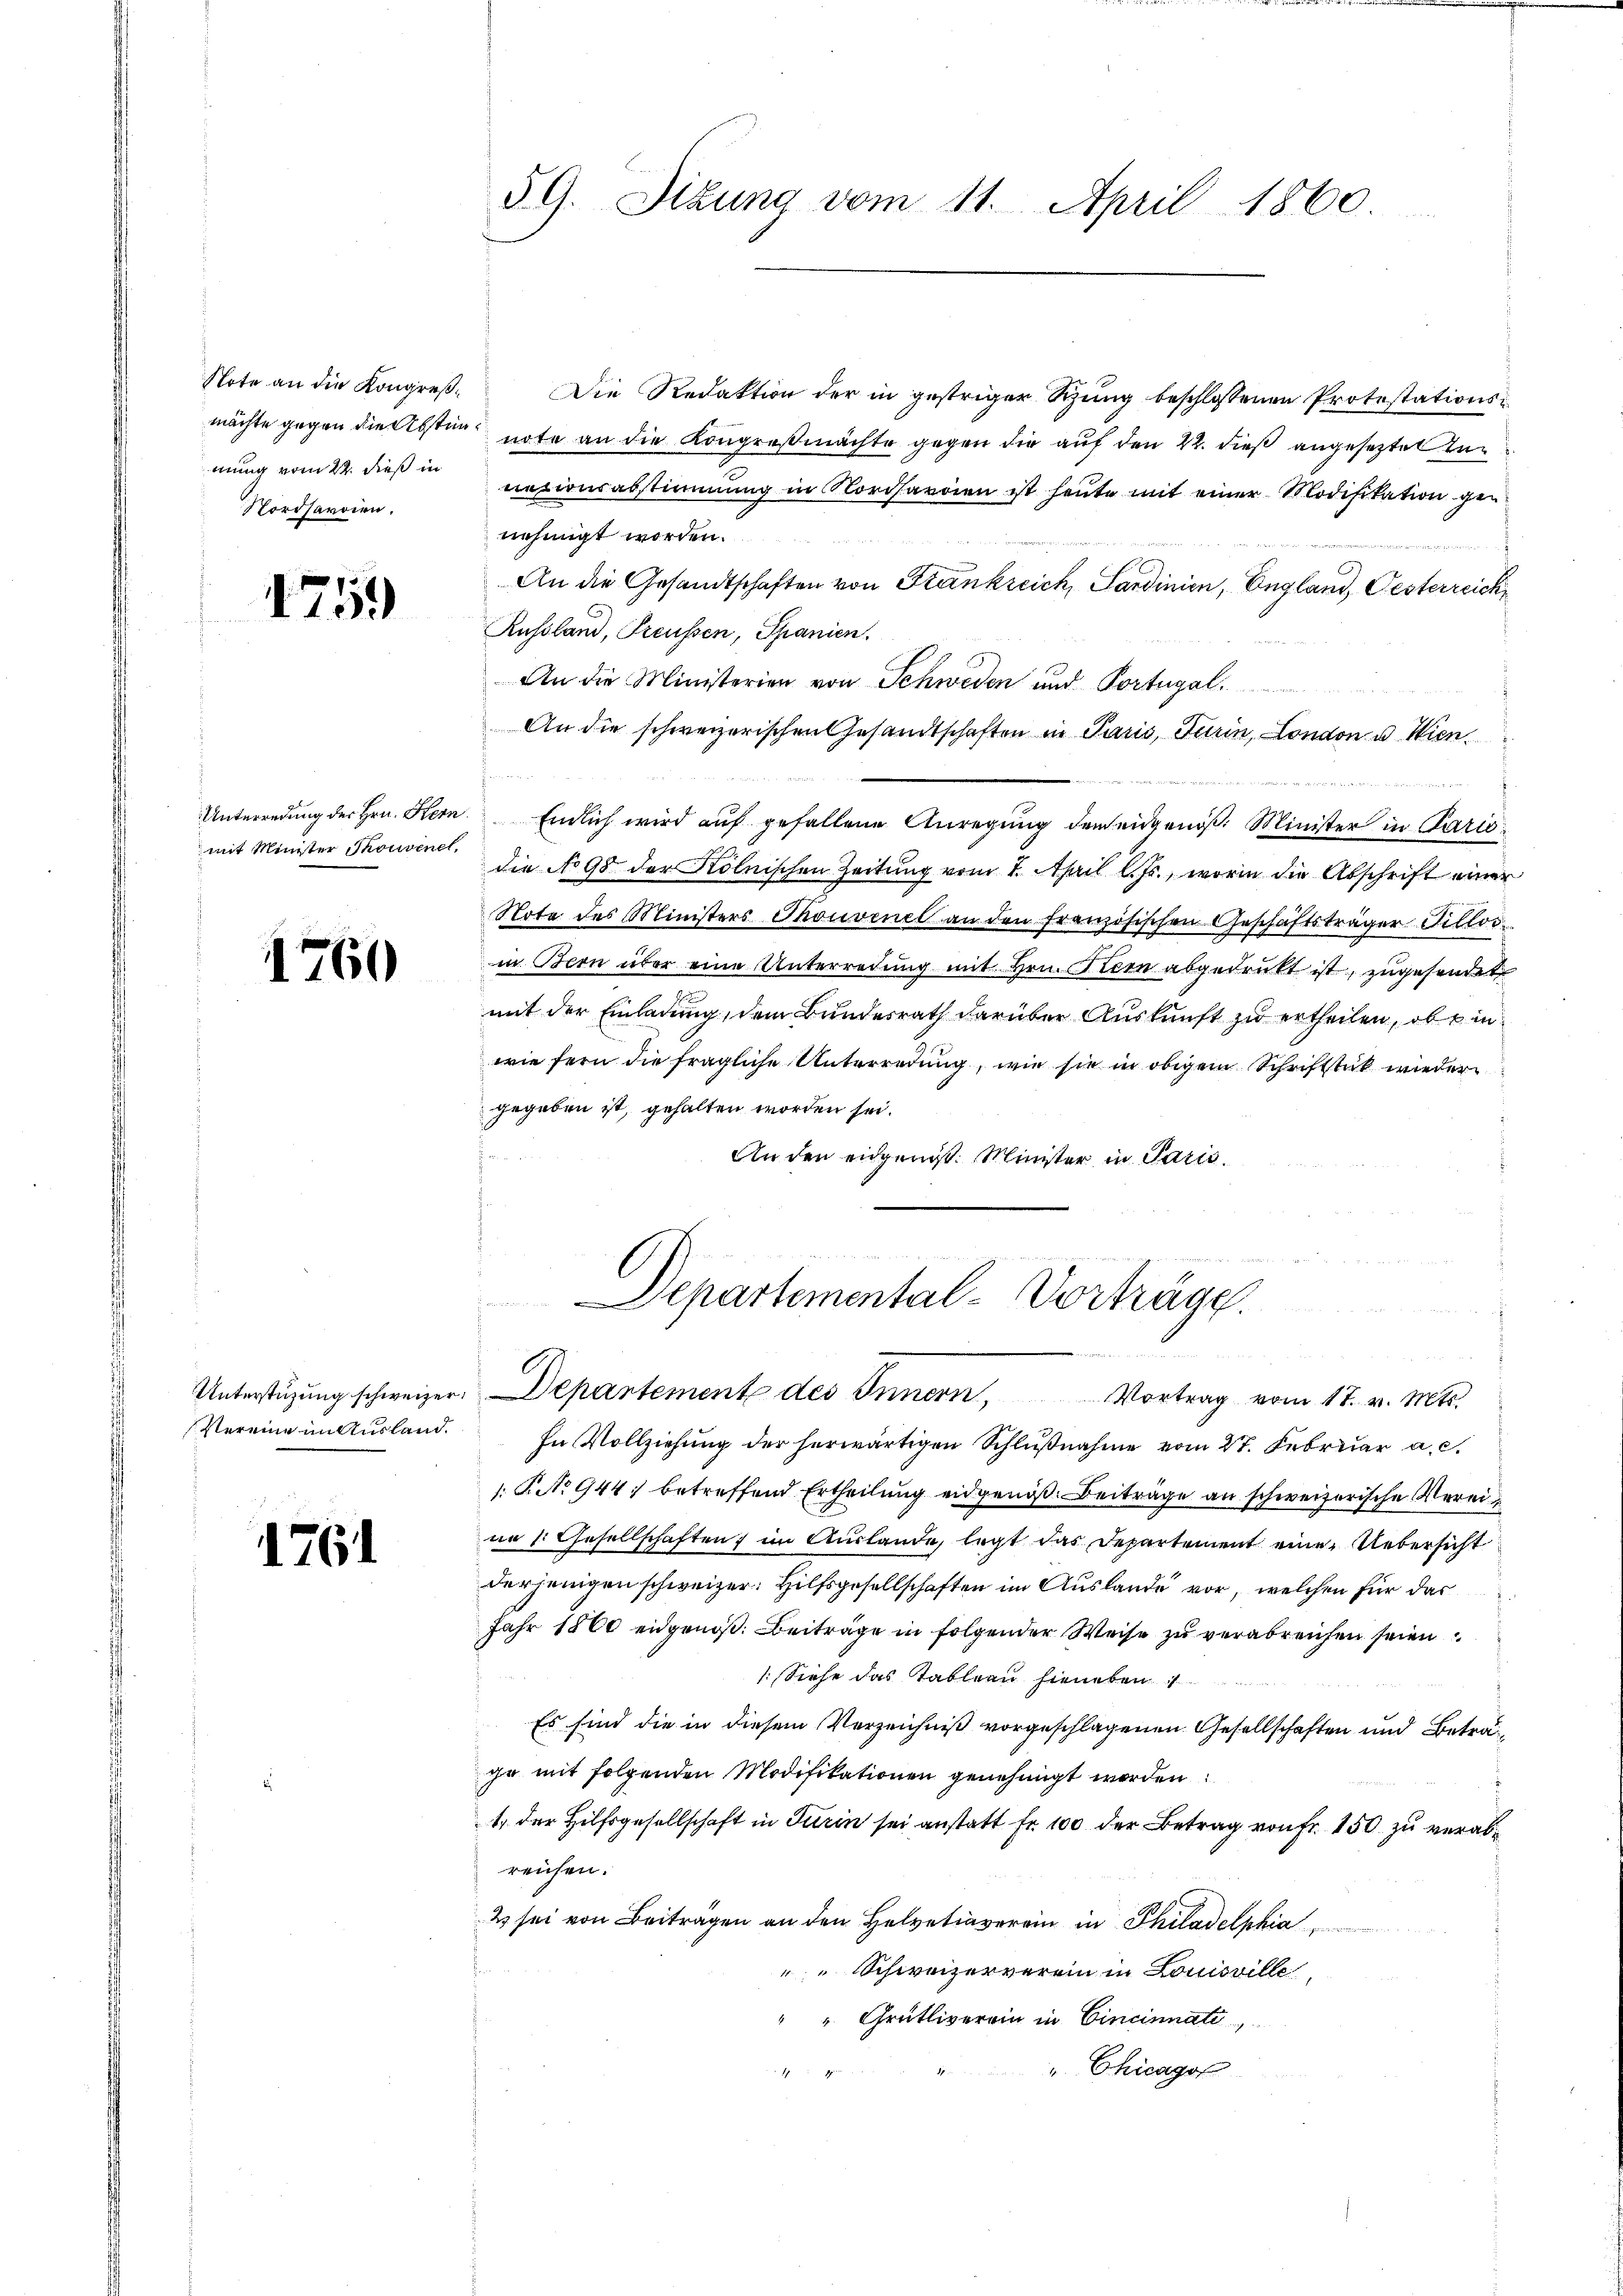
Note an die Kongreßmächte gegen die Abstimmung vom 22. dieß in
Nordsaroien.

1759

Unterredung der Hrn. Kern.
mit Minister Thouvenet,

1760

1761

59. Sizung vom 11. April 1860

Die Redaktion der in gestriger Szung beschlossenen Protestationsnote an die Kongreßmachte gegen die auf den 22. dieß angesetzter zunazionsabstimmung in Nordhardien ist heute mit einer Modifikation gen
nehmigt worden.
An die Gesandtschaften von Frankreich, Sardinien, England, Oesterreich
Russland, Preussen, Spanien.
An die Ministerien von Schweden und Portugal.
An die schweizerischen Gesandtschaften in Paris, Turin, London u Wien¬

Einlich wird auf gefallene Anregung der eigeniß. Minister in Parisdie No 98 der Kölnischen Zeitung vom 2. April l. Js., worin die Abschrift einer
Note des Ministers Thonvenel an den französischen Geschäftsträger Tillos
in Bern über eine Unterredung mit Hrn. Stern abgedrukt ist, zugesendet
mit der Einladung, dem Bundesrath darüber Auskunft zu ertheilen, ob ein
wie fern die fragliche Unterredung, wie sie in obigem Schriftstück wieder
gegeben ist, gehalten worden sei.
n
An den eidgenös. Minister in Paris

C
Departemental-Vorträge.
Unterstŭzŭng schweizer. Departement des Innern, Vortrag vom 17. v. Mts.

Vereine im Ausland. In Vollziehung der herwärtigen Schlußnahme vom 27. Februar a. c.
: P. No 944 betreffend Ertheilung eidgenoß. Beiträge an schweizerische Verei
nn 1. Gesellschaften im Auslande, legt das Departement eine Uebersicht
derjenigen schweizer. Hilfsgesellschaften im Auslande vor, welchen für das
Jahr 1860 eidgenoß. Beiträge in folgender Weise zu verabreichen seien
(Siehe das Tablern hieneben
Es sind die in diesem Verzeichniß vorgeschlagenen Gesellschaften und Betrage mit folgenden Modifikationen genehmigt worden:
1. der Hilfsgesellschaft in Turin sei anstatt Fr. 100 der Betrag von Fr. 150 zu verabreichen.
2 sei von Beiträgen an den Helvetiaverein in Philadelphia
" Schweizerverein in Louisville,
" " Grütliverein in Cincinnati
" Chicago
H